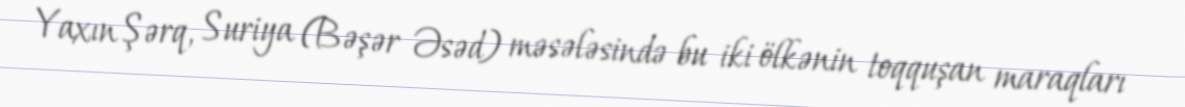
Yaxın Şərq, Suriya (Bəşər Əsəd) məsələsində bu iki ölkənin toqquşan maraqları